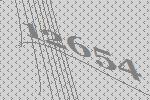
12654